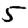
Digit: 5